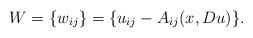
LaTeX: \begin{align*} W=\{w_{ij}\}=\{u_{ij}-A_{ij}(x,Du)\}. \end{align*}